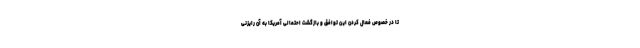
تا در خصوص فعال کردن این توافق و بازگشت احتمالی آمریکا به آن رایزنی